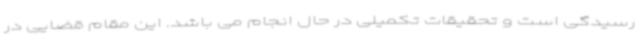
رسیدگی است و تحقیقات تکمیلی در حال انجام می باشد. این مقام قضایی در